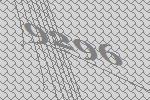
9296